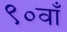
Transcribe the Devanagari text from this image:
९०वाँ